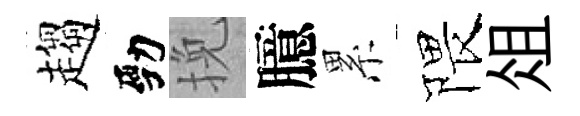
趨勁挽臆累隈俎